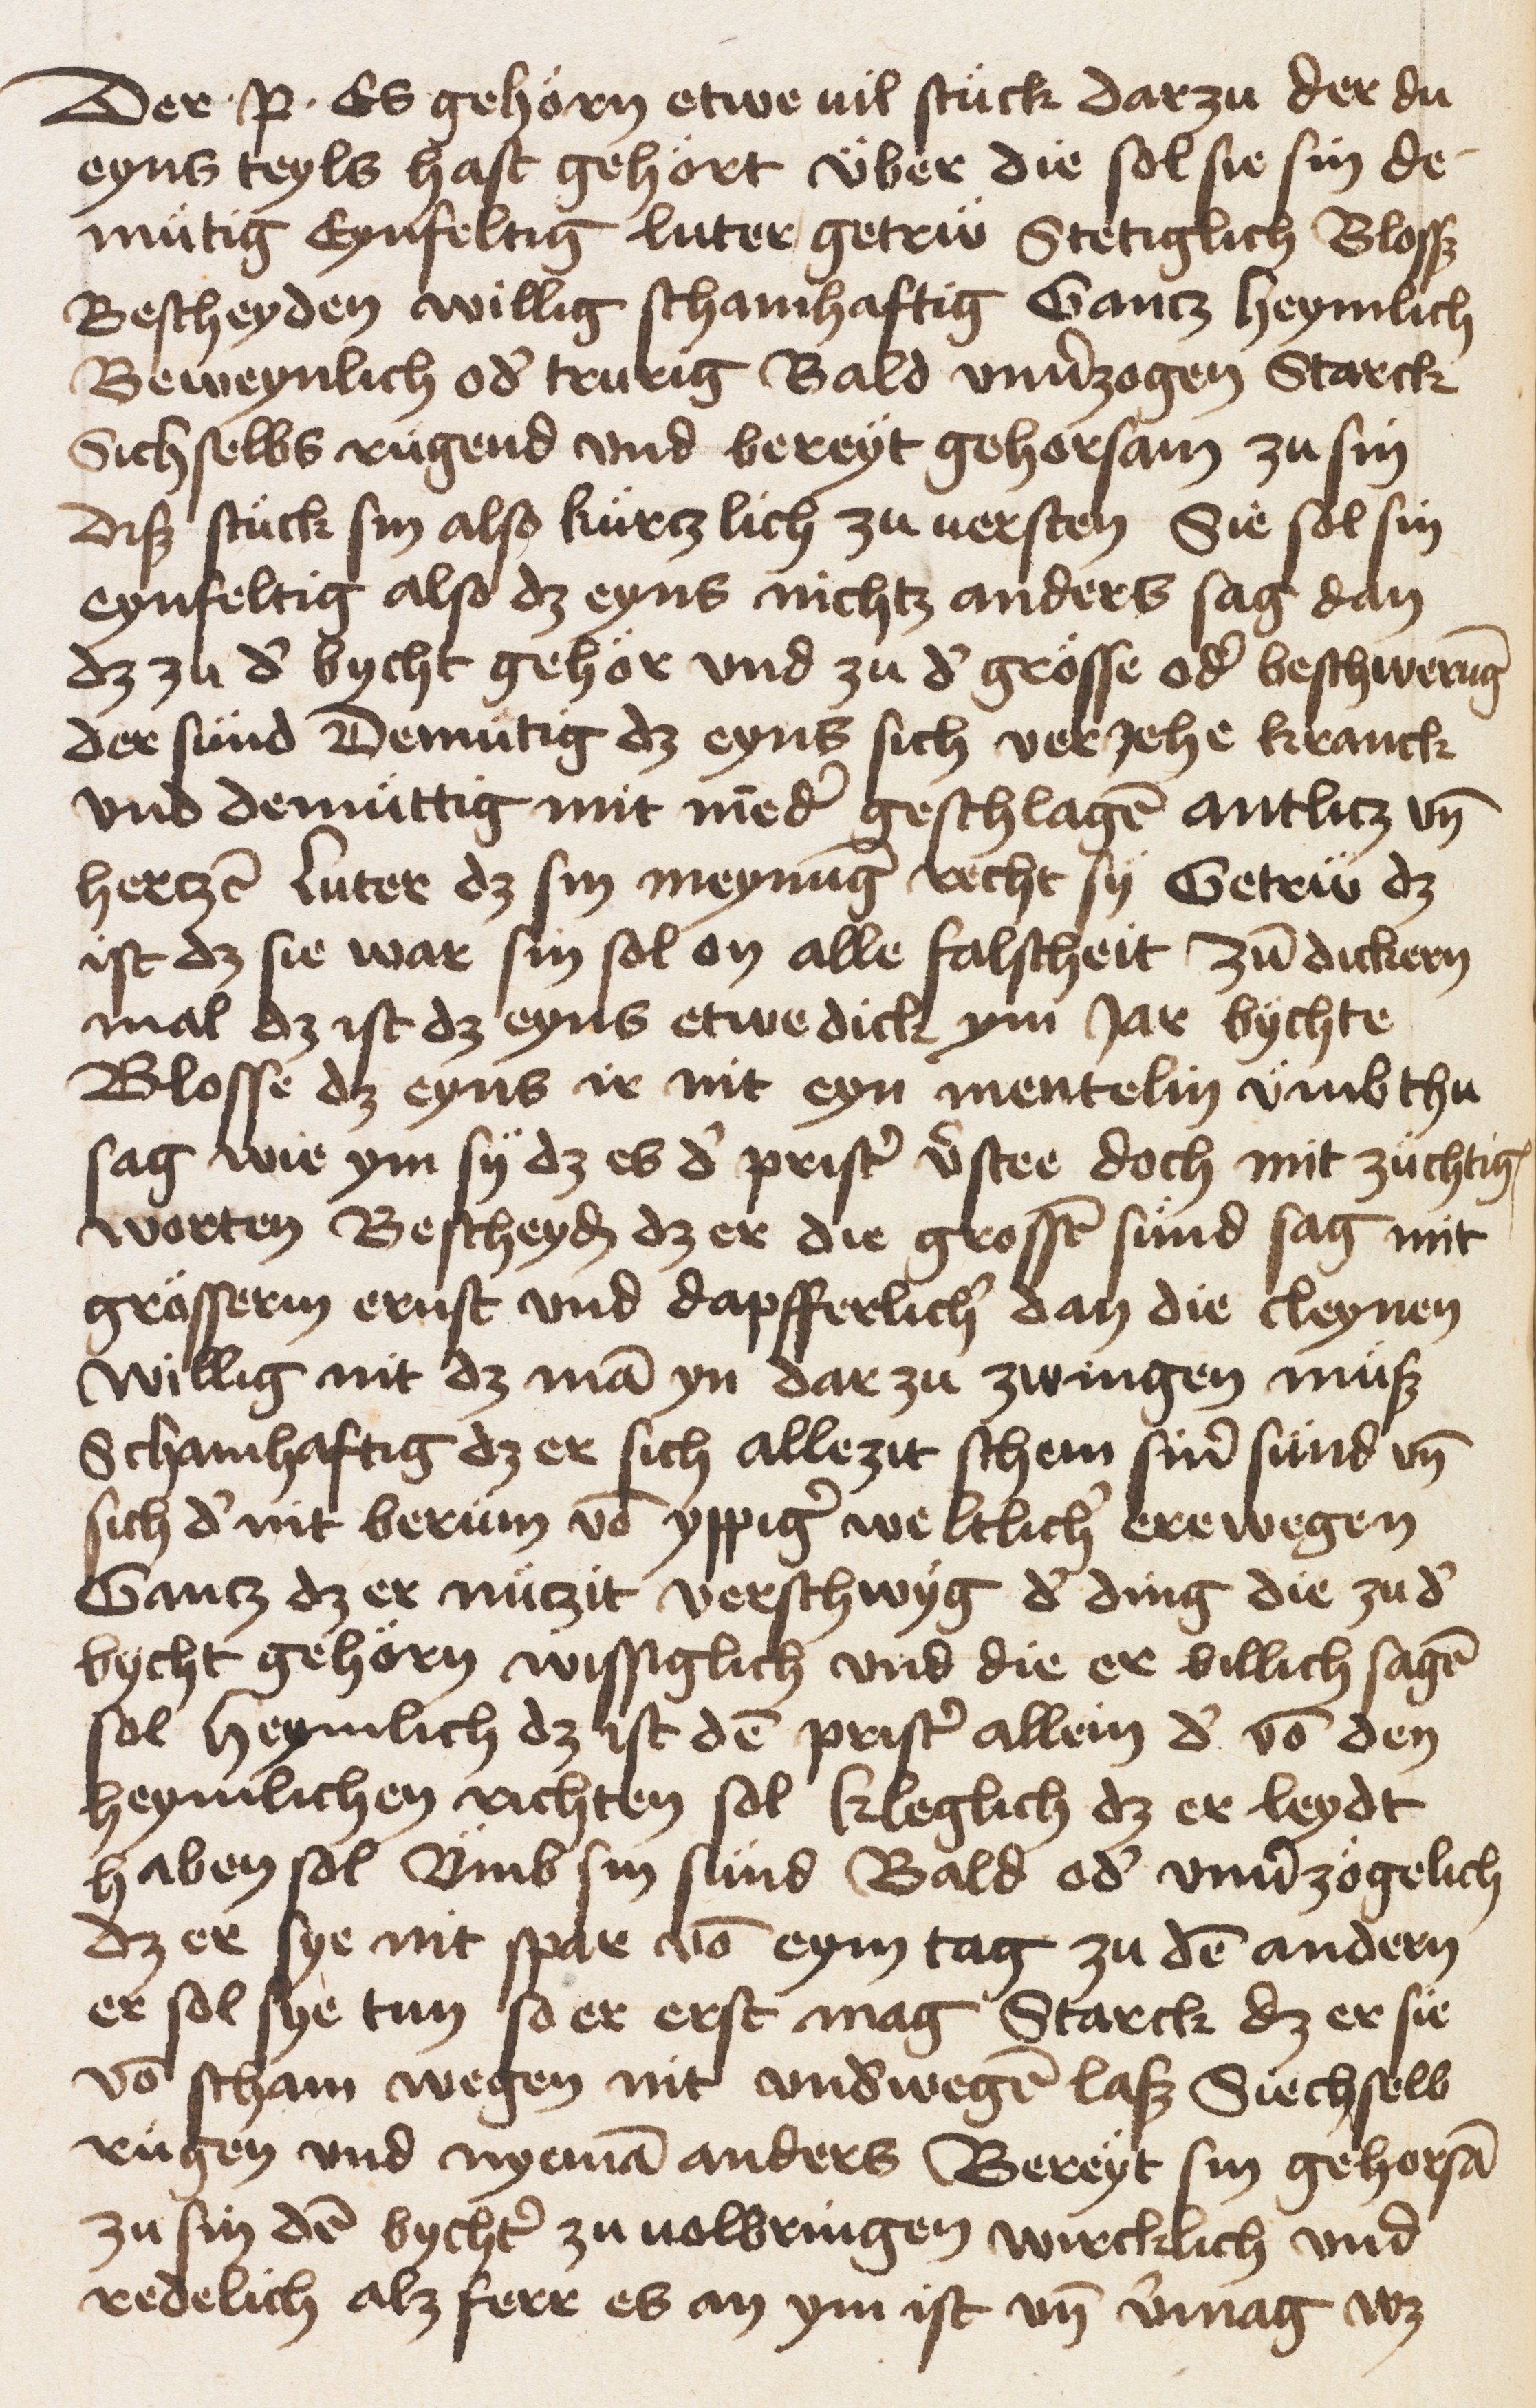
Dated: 1453–1453